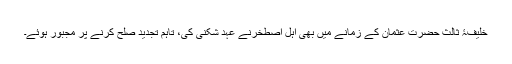
خلیفۂ ثالث حضرت عثمان کے زمانے میں بھی اہل اصطخرنے عہد شکنی کی، تاہم تجدید صلح کرنے پر مجبور ہوئے۔